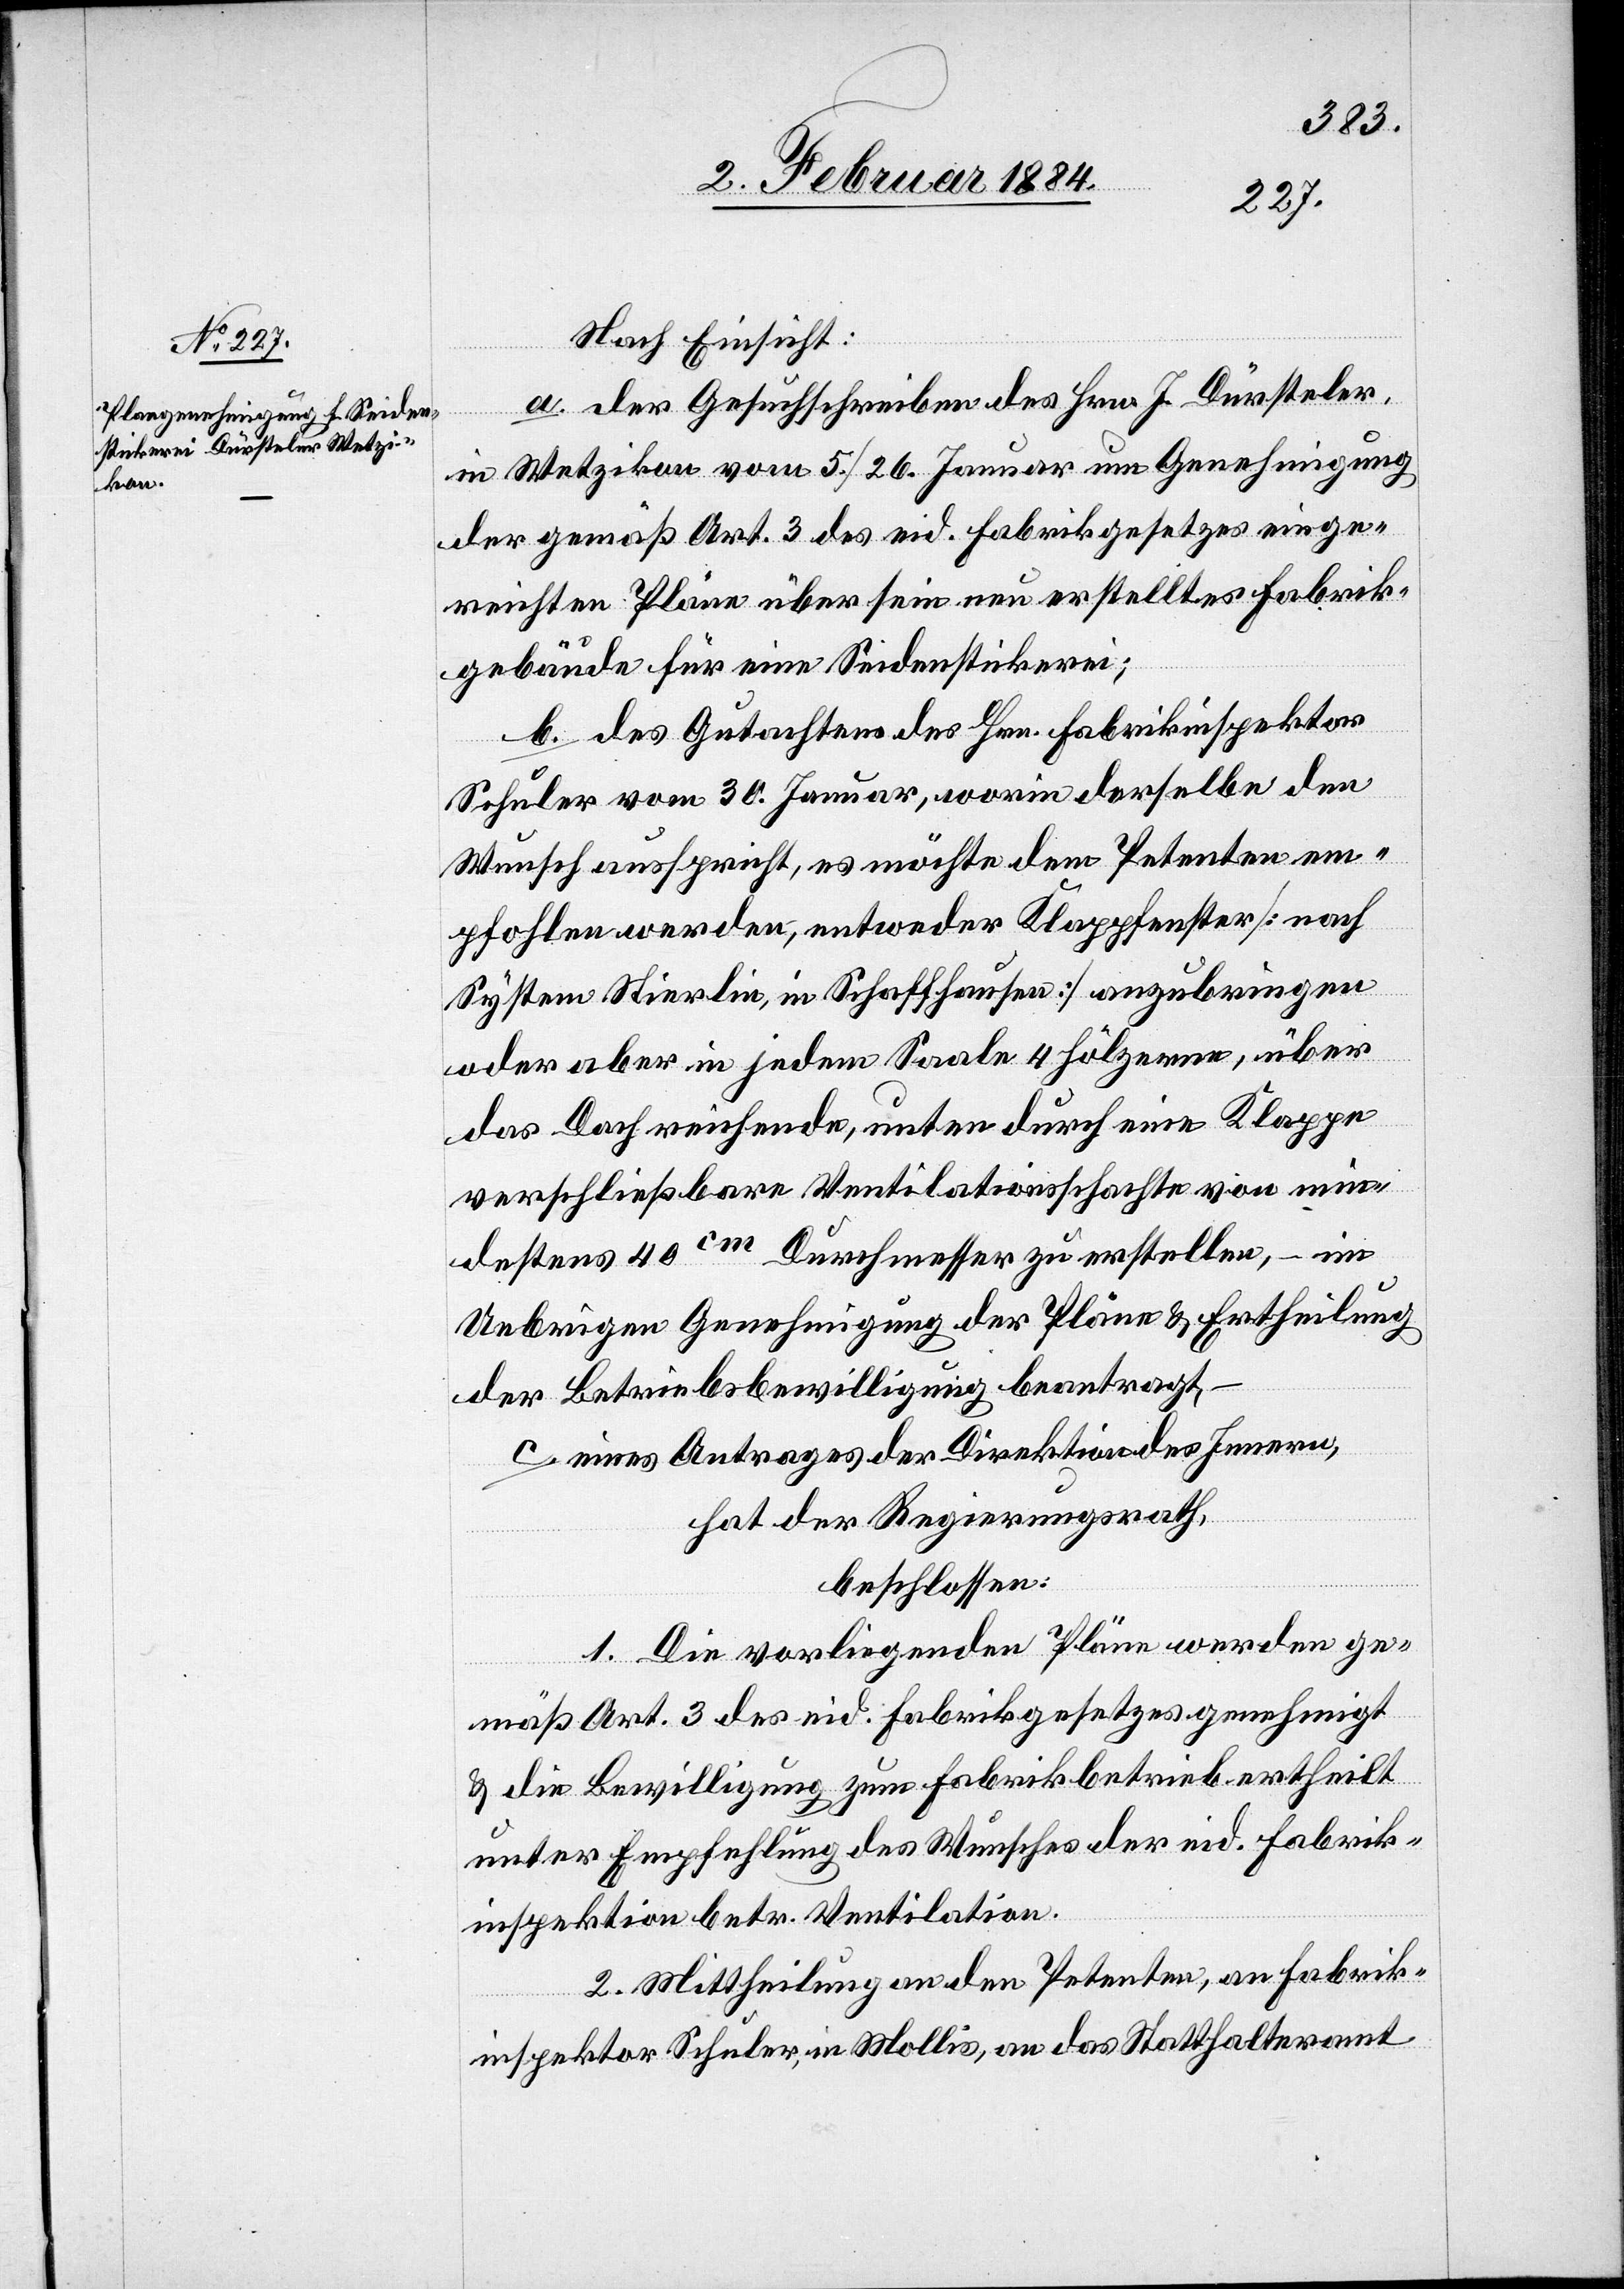
Nach Einsicht:
a. Der Gesuchschreiben des Hrn. J. Dürsteler,
in Wetzikon, vom 5./26. Januar um Genehmigung
der gemäß Art. 3 des eid. Fabrikgesetzes einge¬
reichten Pläne über sein neu erstelltes Fabrik¬
gebäude für eine Seidenstickerei;
b. Des Gutachtens des Hrn. Fabrikinspektor
Schuler vom 30. Januar, worin derselbe den
Wunsch ausspricht, es möchte dem Petenten em¬
pfohlen werden, entweder Klappfenster [nach
System Stierlin, in Schaffhausen] anzubringen
oder aber in jedem Saale 4 hölzerne, über
das Dach reichende, unten durch eine Klappe
verschließbare Ventilationsschachte von min¬
destens 40cm Durchmesser zu erstellen, – im
Uebrigen Genehmigung der Pläne & Ertheilung
der Betriebsbewilligung beantragt,
c. eines Antrages der Direktion des Innern,
hat der Regierungsrath,
beschlossen:
1. Die vorliegenden Pläne werden ge¬
mäß Art. 3 des eid. Fabrikgesetzes genehmigt
& die Bewilligung zum Fabrikbetrieb ertheilt
unter Empfehlung des Wunsches der eid. Fabrik¬
inspektion betr. Ventilation.
2. Mittheilung an den Petenten, an Fabrik¬
inspektor Schuler, in Mollis, an das Statthalteramt